Trukikaitis_Postimees, lk 131
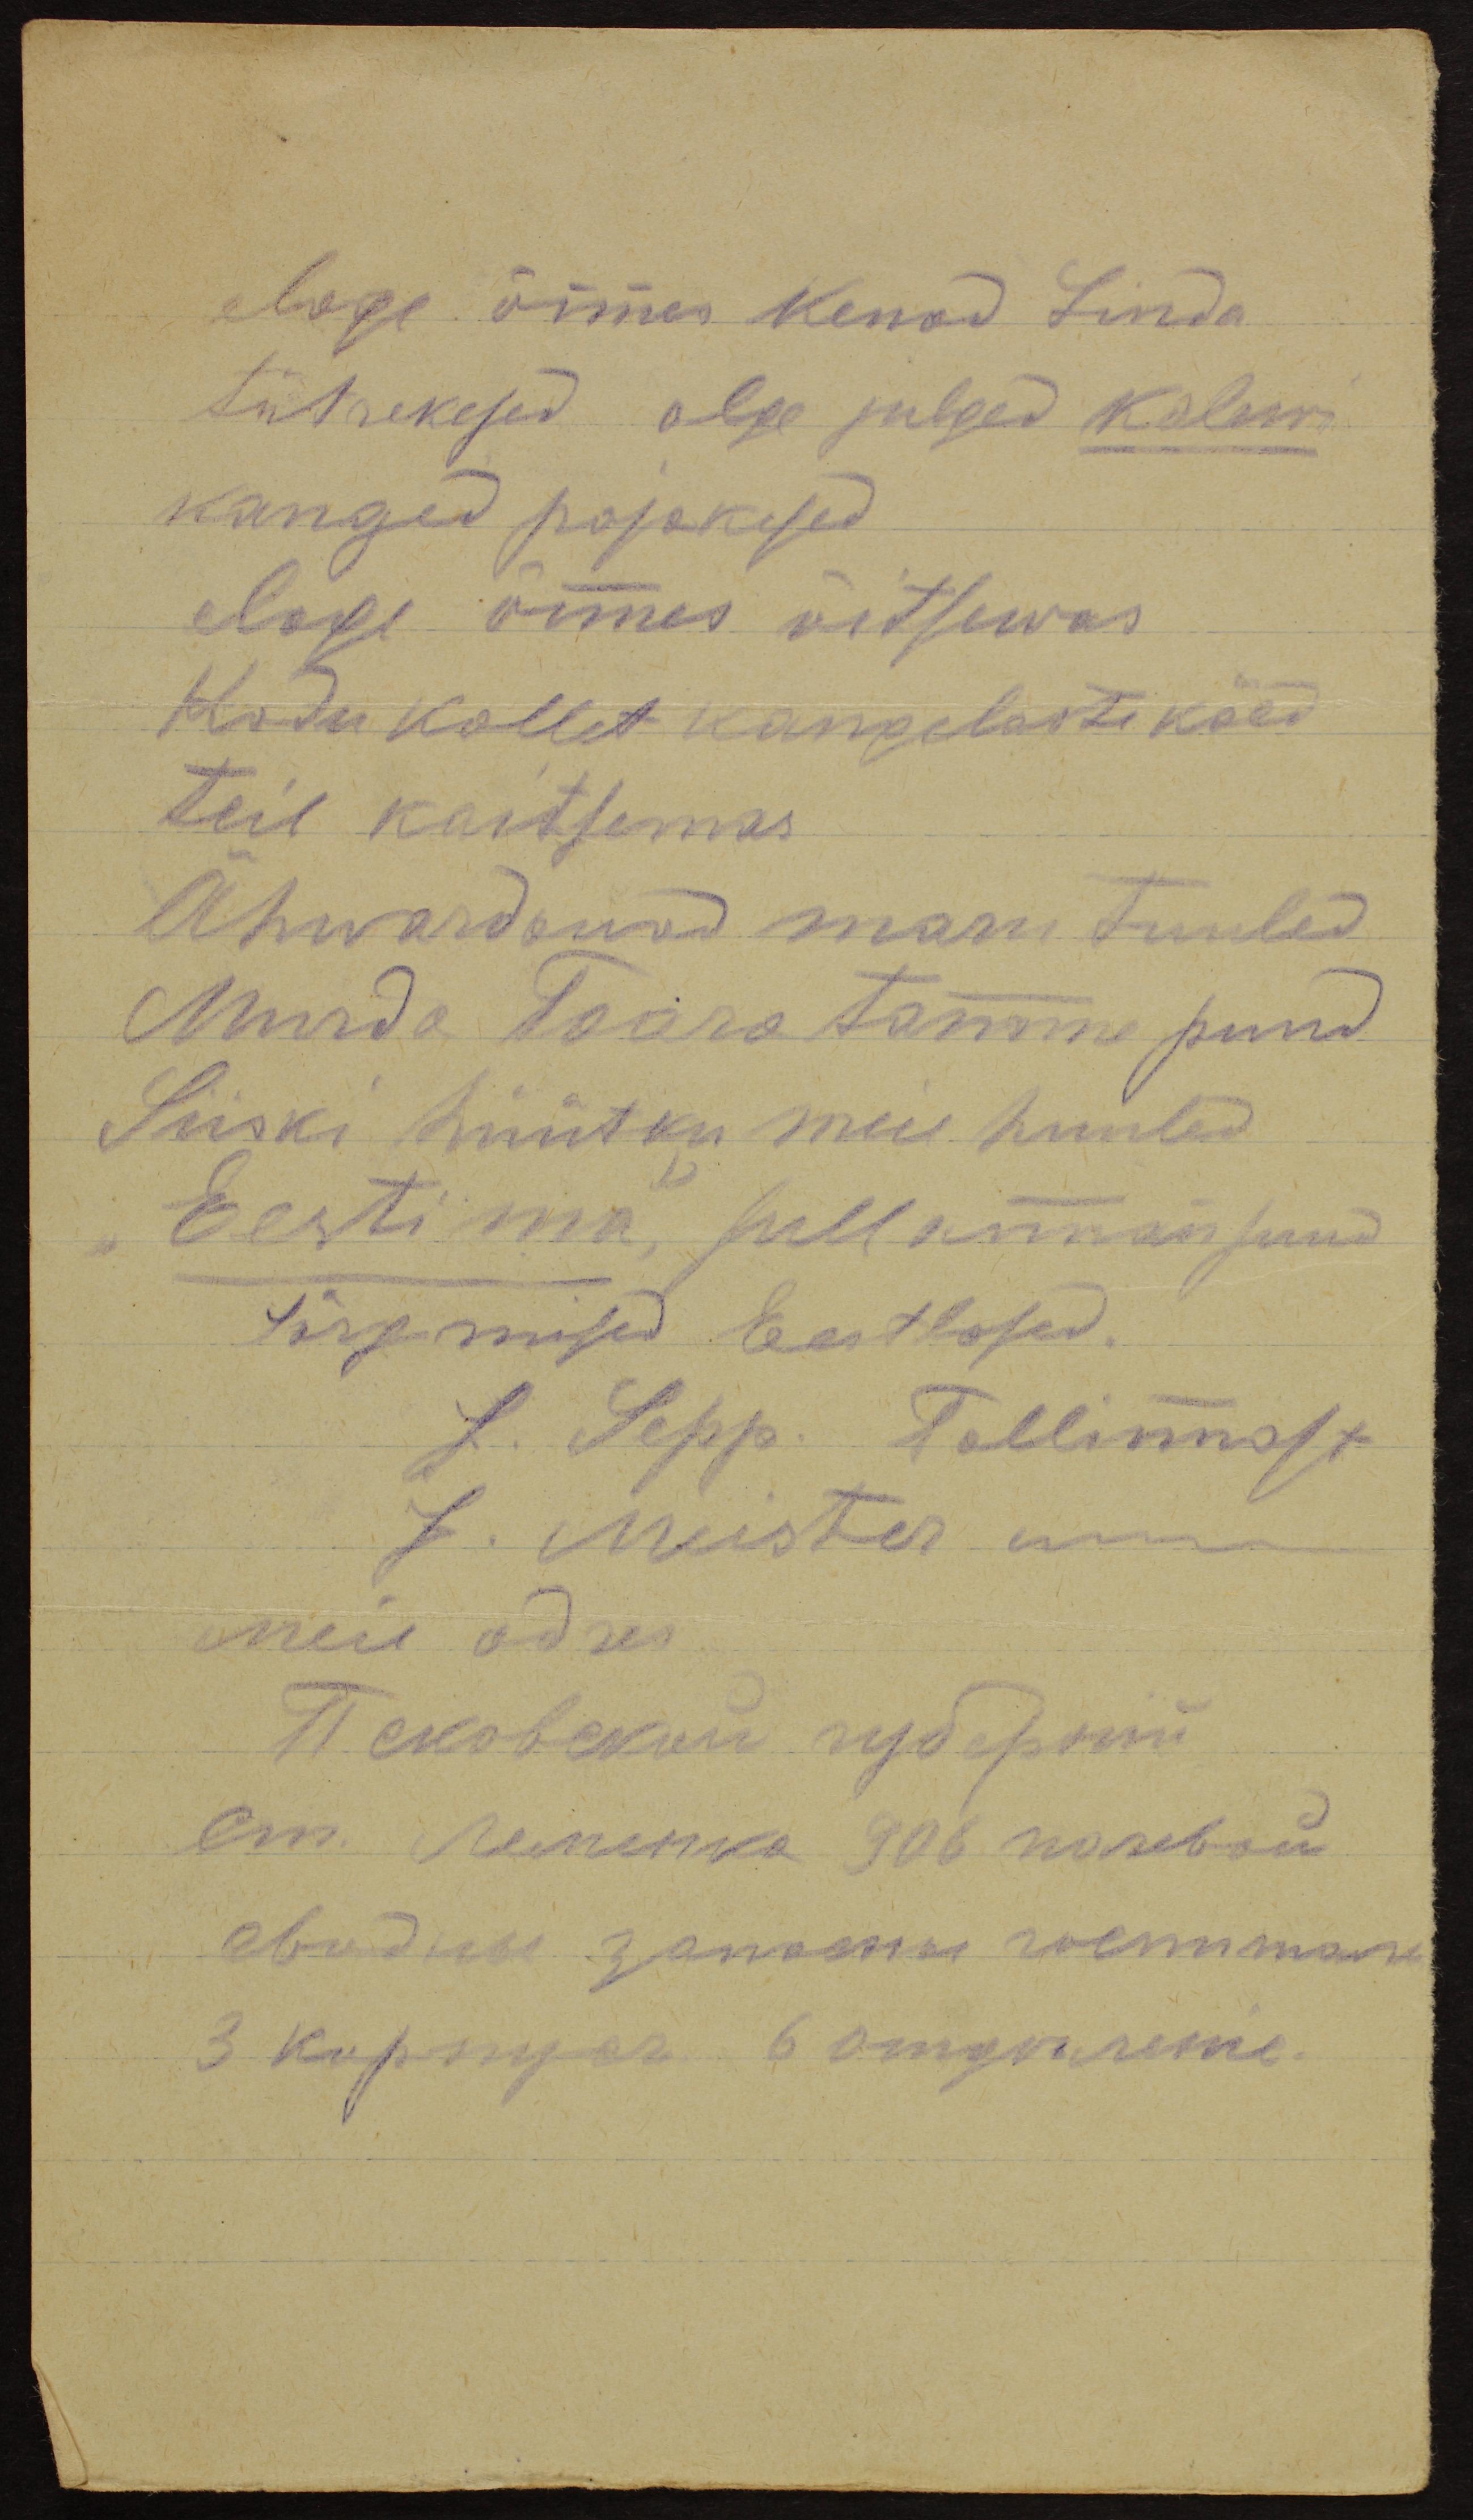
elage õnnes kenad Linda
tütrekesed olge julged kalew
kanged pojakesed
elage õnnes õitsewas
Kodu kollet kangelaste käed
teil kaitsemas.
Ähwardanud maru tuuled
Murd saara tamme puud
Siiski hüütku meie huuled
Eesti ma, sull anna suud
järgmised Eestlased
L. Sepp. Tallinnast
J. Meister
meie adres.